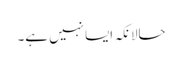
حالانکہ ایسا نہیں ہے۔